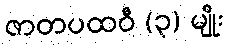
ဇာတပထဝီ (၃) မျိုး